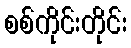
စစ်ကိုင်းတိုင်း